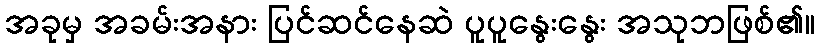
အခုမှ အခမ်းအနား ပြင်ဆင်နေဆဲ ပူပူနွေးနွေး အသုဘဖြစ်၏။